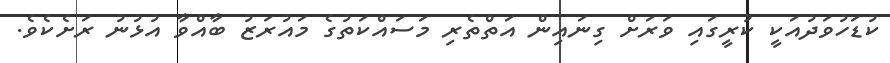
ކުޑަހުވަދުއަކީ ކުރީގައި ވަރަށް ގިނައިން އަތްތެރި މަސައްކަތުގެ މައުރަޒު ބާއްވާ އުޅުނު ރަށެކެވެ.